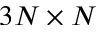
3 N \times N